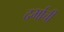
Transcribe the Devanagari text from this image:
दर्भाची